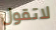
لاتقول